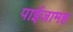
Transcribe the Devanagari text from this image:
पाईजामह